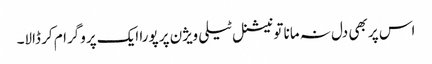
اس پر بھی دل نہ مانا تو نیشنل ٹیلی ویژن پر پورا ایک پروگرام کر ڈالا۔